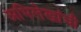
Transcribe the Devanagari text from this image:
अभिलेखांची